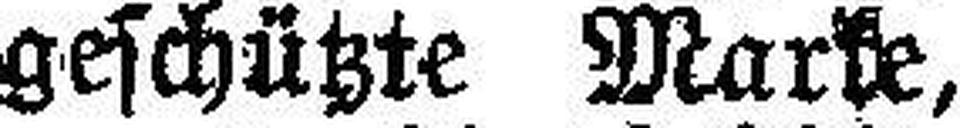
setzlich geschützte Marke, ursprüngliche Zahl 11.981,